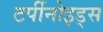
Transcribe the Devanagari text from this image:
टर्पीनोइड्स